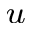
_ u